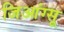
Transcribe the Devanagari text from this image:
जिआंग्सू